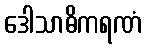
ဒေါသာဓိကရဏံ